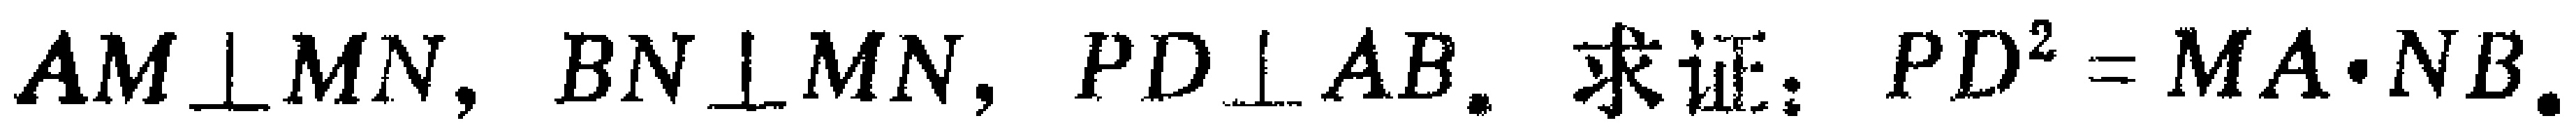
$AM\perp MN,BN\perp MN,PD\perp AB. 求证：PD^{2}=MA\cdot NB.$